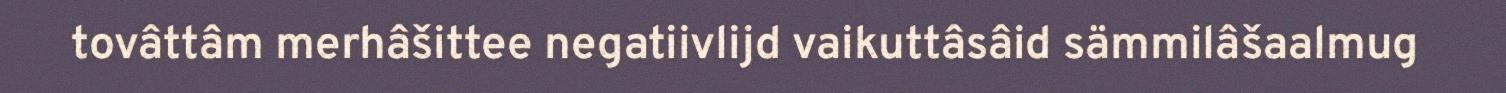
tovâttâm merhâšittee negatiivlijd vaikuttâsâid sämmilâšaalmug